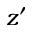
z ^ { \prime }